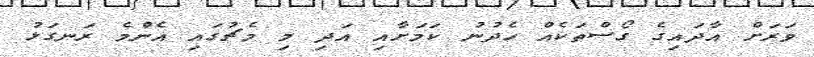
ވަރަށް އާދައިގެ ގޯސްތަކެއް ހެދުނު ކަމަށާއި އަދި މި މެޗުގައި އެންމެ ރަނގަޅު